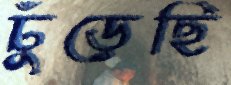
ঢুঁড়েছি